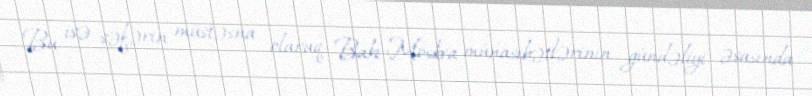
Bu isə səfərin müstəsna olaraq Bakı-Moskva münasibətlərinin gündəliyi əsasında